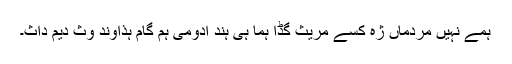
ہمے نہیں مردماں ژہ کسّے مریث گڈا ہما ہی ہند ادومی ہم گام ہذاوند وث دیم داث۔